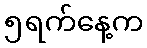
၅ရက်နေ့က